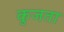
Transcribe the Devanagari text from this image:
कुजता